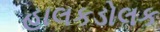
હાલકડોલક